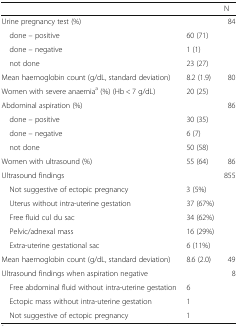
<table><thead><tr><td colspan="2"></td><td><b>N</b></td></tr></thead><tbody><tr><td>Urine pregnancy test (%)</td><td></td><td>84</td></tr><tr><td> done – positive</td><td>60 (71)</td><td></td></tr><tr><td> done – negative</td><td>1 (1)</td><td></td></tr><tr><td> not done</td><td>23 (27)</td><td></td></tr><tr><td>Mean haemoglobin count (g/dL, standard deviation)</td><td>8.2 (1.9)</td><td>80</td></tr><tr><td>Women with severe anaemia<sup>a</sup> (%) (Hb &lt; 7 g/dL)</td><td>20 (25)</td><td></td></tr><tr><td>Abdominal aspiration (%)</td><td></td><td>86</td></tr><tr><td> done – positive</td><td>30 (35)</td><td></td></tr><tr><td> done – negative</td><td>6 (7)</td><td></td></tr><tr><td> not done</td><td>50 (58)</td><td></td></tr><tr><td>Women with ultrasound (%)</td><td>55 (64)</td><td>86</td></tr><tr><td>Ultrasound findings</td><td></td><td>855</td></tr><tr><td> Not suggestive of ectopic pregnancy</td><td>3 (5%)</td><td></td></tr><tr><td> Uterus without intra-uterine gestation</td><td>37 (67%)</td><td></td></tr><tr><td> Free fluid cul du sac</td><td>34 (62%)</td><td></td></tr><tr><td> Pelvic/adnexal mass</td><td>16 (29%)</td><td></td></tr><tr><td> Extra-uterine gestational sac</td><td>6 (11%)</td><td></td></tr><tr><td>Mean haemoglobin count (g/dL, standard deviation)</td><td>8.6 (2.0)</td><td>49</td></tr><tr><td>Ultrasound findings when aspiration negative</td><td></td><td>8</td></tr><tr><td> Free abdominal fluid without intra-uterine gestation</td><td>6</td><td></td></tr><tr><td> Ectopic mass without intra-uterine gestation</td><td>1</td><td></td></tr><tr><td> Not suggestive of ectopic pregnancy</td><td>1</td><td></td></tr></tbody></table>